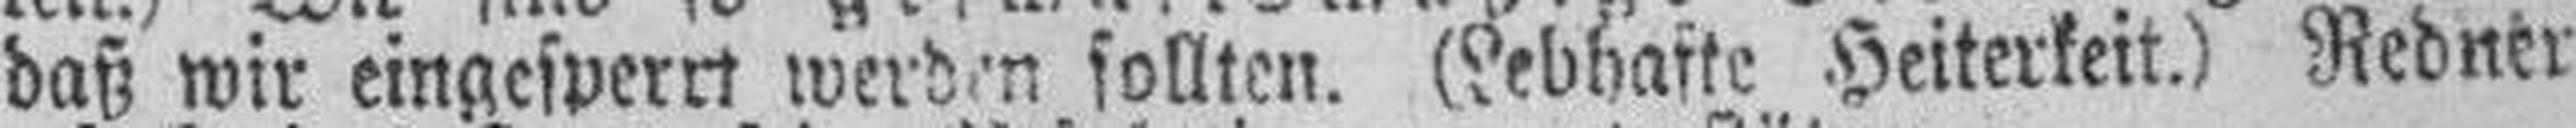
daß wir eingesperrt werden sollten. (Lebhafte Heiterkeit.) Redner